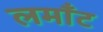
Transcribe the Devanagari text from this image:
लमाँट